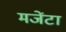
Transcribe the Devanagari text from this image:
मजेंटा